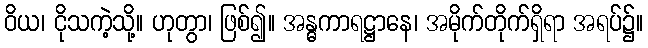
ဝိယ၊ ငိုသကဲ့သို့။ ဟုတွာ၊ ဖြစ်၍။ အန္ဓကာရဋ္ဌာနေ၊ အမိုက်တိုက်ရှိရာ အရပ်၌။